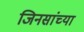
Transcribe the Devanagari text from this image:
जिनसांच्या